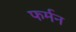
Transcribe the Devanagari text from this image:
फर्मन